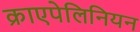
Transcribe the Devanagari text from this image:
क्राएपेलिनियन